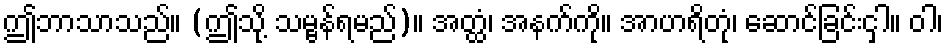
ဤဘာသာသည်။ (ဤသို့ သမ္ဗန်ရမည်)။ အတ္ထံ၊ အနက်ကို။ အာဟရိတုံ၊ ဆောင်ခြင်းငှါ။ ဝါ၊